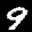
Label: 9